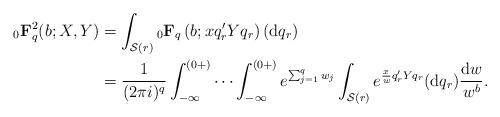
LaTeX: \begin{align*} {}_0\mathbf{F}^2_q(b;X,Y) & = \int_{\mathcal{S}(r)} {}_0\mathbf{F}_{q}\left(b;xq_r'Y q_r\right) ({\rm d}q_r) \\ & = \frac{1}{(2\pi i)^q} \int_{-\infty}^{(0+)}\cdots \int_{-\infty}^{(0+)} e^{\sum_{j=1}^q w_j} \int_{\mathcal{S}(r)} e^{\frac{x}{w} q_r'Y q_r } ({\rm d}q_r) \frac{{\rm d}w}{w^b}. \end{align*}